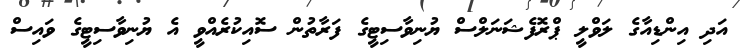
އަދި އިންޑިއާގެ ލަވްލީ ޕްރޮފެޝަނަލްސް ޔުނިވާސިޓީގެ ފަރާތުން ސޮއިކުރެއްވީ އެ ޔުނިވާސިޓީގެ ވައިސް